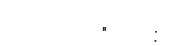
"   :